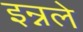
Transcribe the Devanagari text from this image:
इन्नले